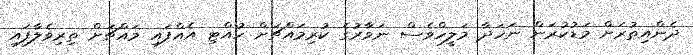
ދެންއިތުރަށް މަޑުކުރަން ނަހަދާ މަލީހްވެސް ނަވާރުގެ ކުރިމައްޗަށް ހުއްޓި އެއްފައި މައްޗަށް ތިރިވެލާފައި